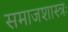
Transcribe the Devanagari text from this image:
समाजशास्त्रः